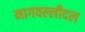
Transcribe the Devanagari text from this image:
नागवल्लीदल